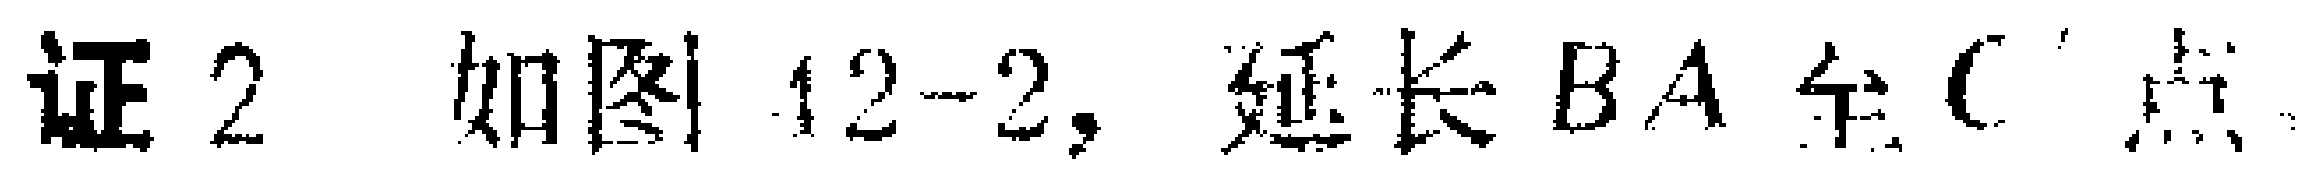
证2 如图12-2, 延长 \(BA\) 至 \(C\) 点